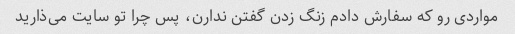
مواردی رو که سفارش دادم زنگ زدن گفتن ندارن، پس چرا تو سایت می‌ذارید